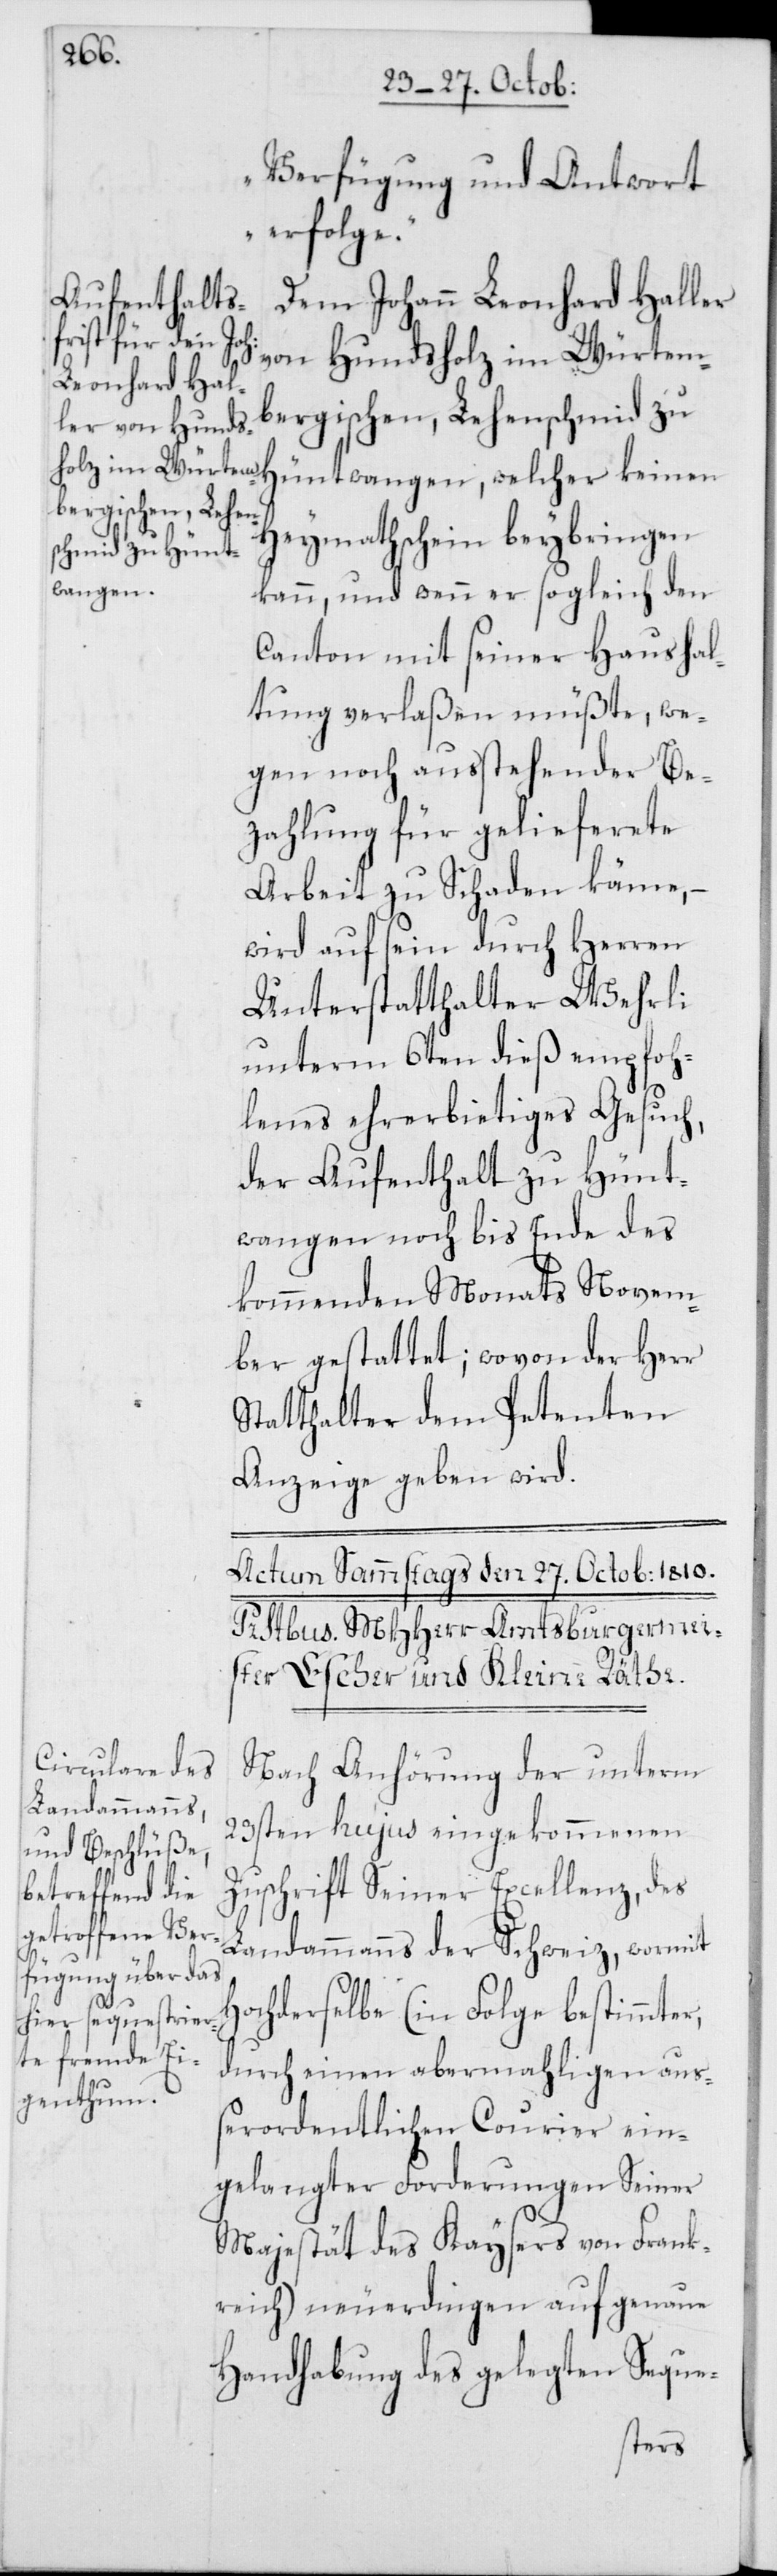
Verfügung und Antwort
erfolge“.
Dem Johann Leonhard Haller
von Hundsholz im Würtem¬
bergischen, Lehenschmid zu
Hüntwangen, welcher keinen
Heymathschein beybringen
kann, und wenn er sogleich den
Canton mit seiner Haushal¬
tung verlaßen müßte, we¬
gen noch ausstehender Be¬
zahlung für gelieferete
Arbeit zu Schaden käme, –
wird auf sein durch Herren
Unterstatthalter Wehrli
unterm 6ten dieß empfoh¬
lenes ehrerbietiges Gesuch,
der Aufenthalt zu Hünt¬
wangen noch bis Ende des
kommenden Monats Novem¬
ber gestattet; wovon der Herr
Statthalter dem Petenten
Anzeige geben wird.
Nach Anhörung der unterm
23sten hujus eingekommenen
Zuschrift Seiner Excellenz, des
Landammanns der Schweiz, wormit
Hochderselbe (in Folge bestimmter,
durch einen abermahligen auß¬
erordentlichen Courier ein¬
gelangter Forderungen Seiner
Majestät des Kaysers von Frank¬
reich) neuerdingen auf genaue
Handhabung des gelegten Seque-